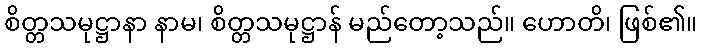
စိတ္တသမုဋ္ဌာနာ နာမ၊ စိတ္တသမုဋ္ဌာန် မည်တော့သည်။ ဟောတိ၊ ဖြစ်၏။